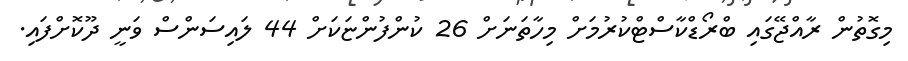
މިގޮތުން ރާއްޖޭގައި ބްރޯޑްކާސްޓްކުރުމަށް މިހާތަނަށް 26 ކުންފުންޏަކަށް 44 ލައިސަންސް ވަނީ ދޫކޮށްފައި.